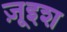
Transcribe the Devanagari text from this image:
ज़ूइश